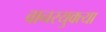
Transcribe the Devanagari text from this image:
वानरयुक्त्या